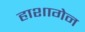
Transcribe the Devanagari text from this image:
हाशागेन